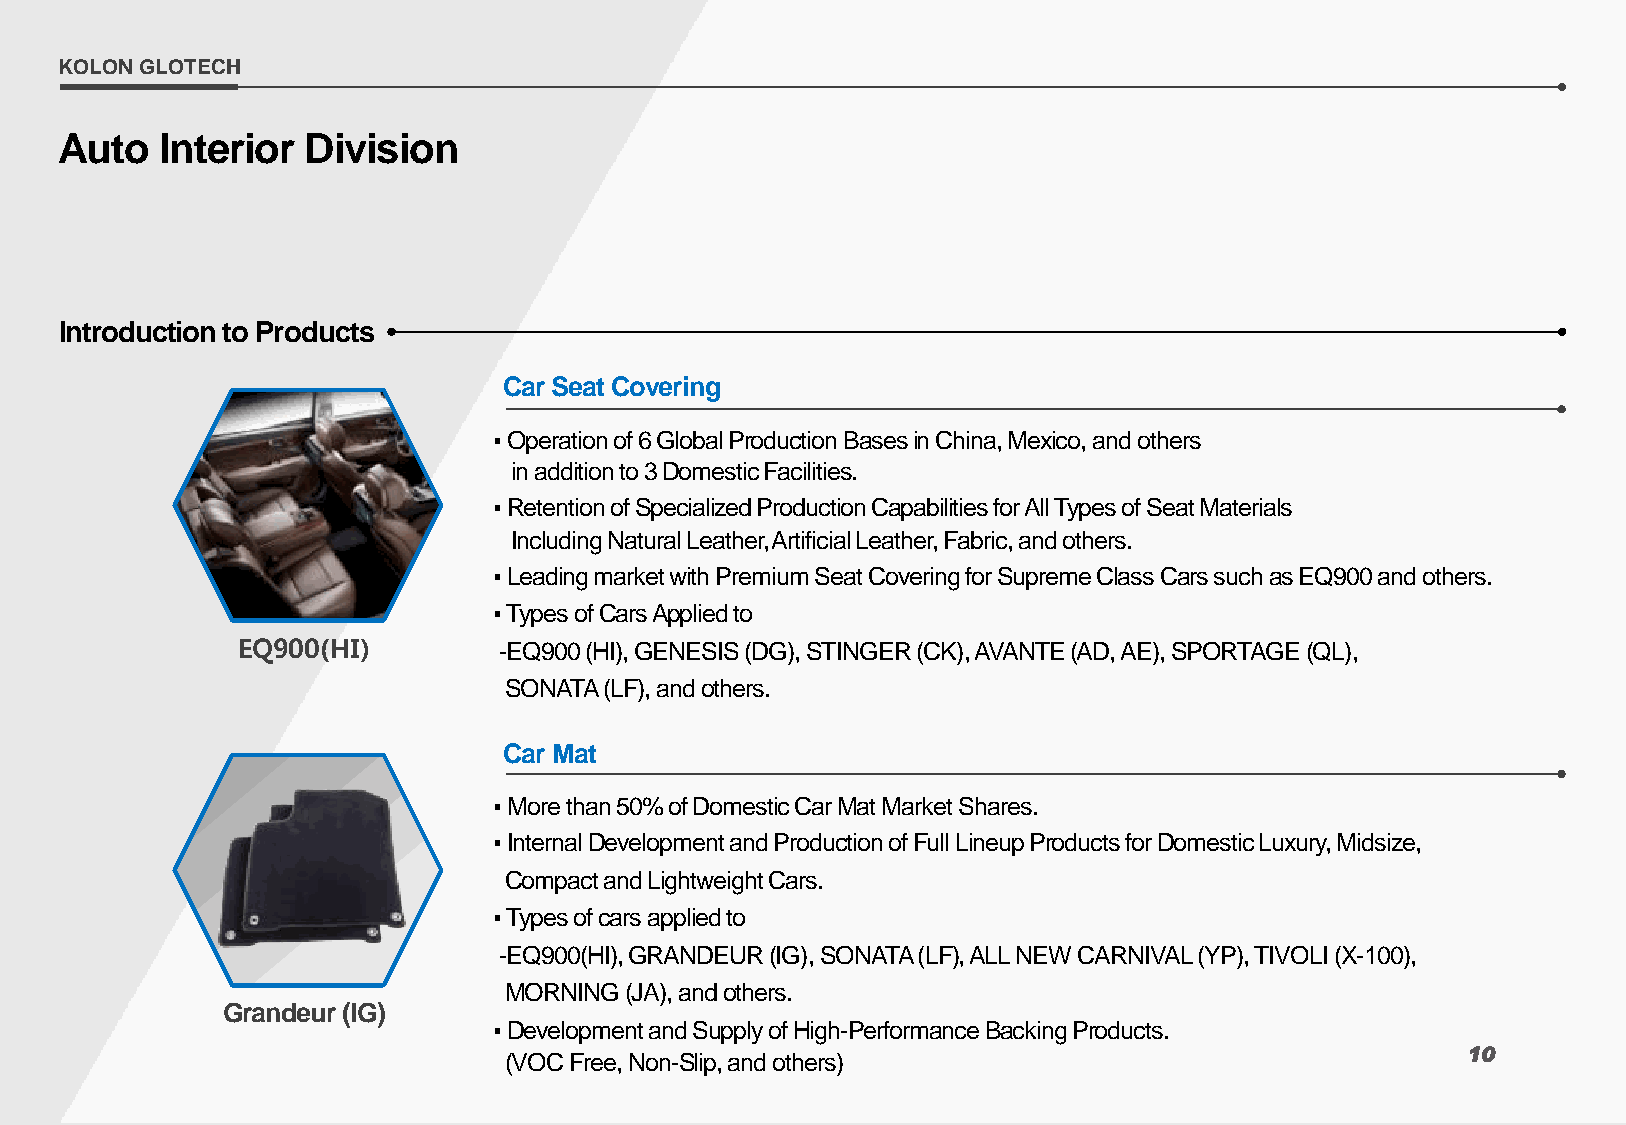
KOLON GLOTECH
 Auto   Interior Division
 Introduction to Products
 Car Seat Covering
 ▪Operation of 6 Global Production Bases in China, Mexico, and others
 in addition to 3 Domestic Facilities.
 ▪Retention of Specialized Production Capabilities for All Types of Seat Materials
 Including Natural Leather, Artificial Leather, Fabric, and others.
 ▪Leading market with Premium Seat Covering for Supreme Class Cars such as EQ900 and others.
 ▪Types of Cars Applied to
 EQ900(HI)        -EQ900 (HI), GENESIS (DG), STINGER (CK), AVANTE (AD, AE), SPORTAGE (QL),
 SONATA (LF), and others.
 Car Mat
 ▪More than 50% of Domestic Car Mat Market Shares.
 ▪Internal Development and Production of Full Lineup Products for Domestic Luxury, Midsize,
 Compact and Lightweight Cars.
 ▪Types of cars applied to
 -EQ900(HI), GRANDEUR (IG), SONATA (LF), ALL NEW CARNIVAL (YP), TIVOLI (X-100),
 MORNING (JA), and others.
 Grandeur (IG)
 ▪Development and Supply of High-Performance Backing Products.
 (VOC Free, Non-Slip, and others)                                10